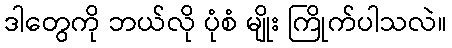
ဒါတွေကို ဘယ်လို ပုံစံ မျိုး ကြိုက်ပါသလဲ။